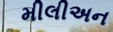
મીલીઅન